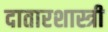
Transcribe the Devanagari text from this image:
दातारशास्त्री